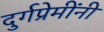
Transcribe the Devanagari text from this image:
दुर्गप्रेमींनी